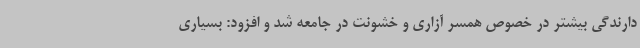
دارندگی بیشتر در خصوص همسر آزاری و خشونت در جامعه شد و افزود: بسیاری